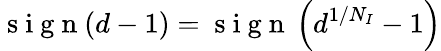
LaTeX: \mathrm{~s~i~g~n~}(d-1)=\mathrm{~s~i~g~n~}\left(d^{1/N_{I}}-1\right)